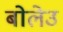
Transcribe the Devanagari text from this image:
बोलेउ